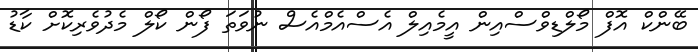
ބޭންކް އޮފް މޯލްޑިވްސްއިން އީމެއިލް އެސްއެމްއެސް ނުވަތަ ފޯން ކޯލް މެދުވެރިކޮށް ކާޑު